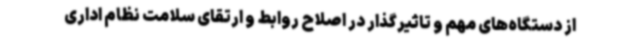
از دستگاه‌های مهم و تاثیرگذار در اصلاح روابط و ارتقای سلامت نظام اداری